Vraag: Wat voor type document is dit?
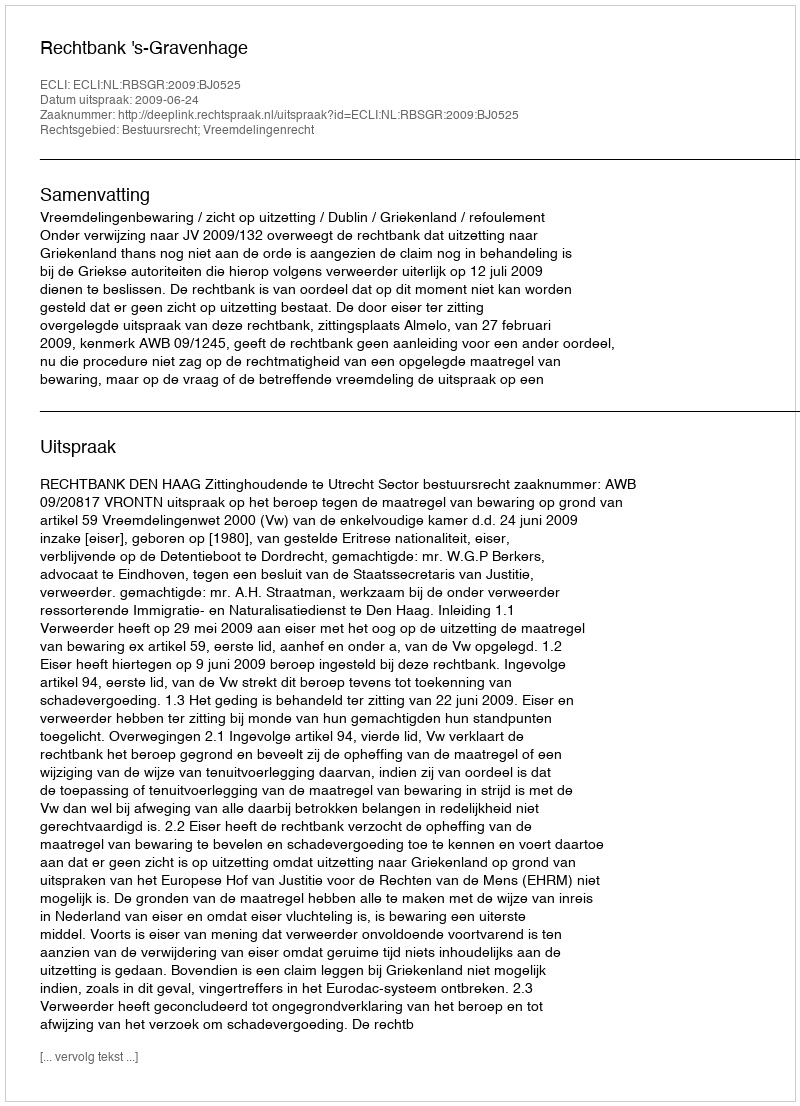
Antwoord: Uitspraak